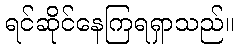
ရင်ဆိုင်နေကြရရှာသည်။